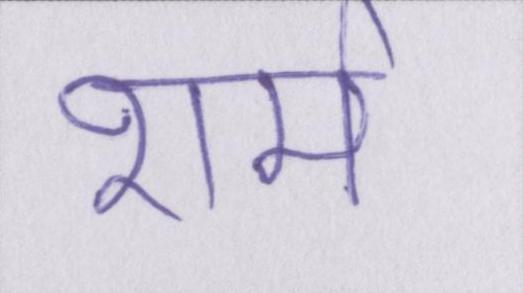
शर्म